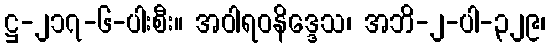
ဋ္ဌ-၂၁၇-၆-ပါးစီး။ အဝါရဝနိဒ္ဒေသ၊ အဘိ-၂-ပါ-၃၂၉၊